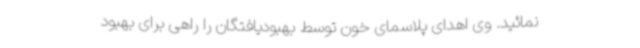
نمائید. وی اهدای پلاسمای خون توسط بهبودیافتگان را راهی برای بهبود